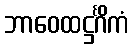
ဘာဝေထဋ္ဌင်္ဂိကံ